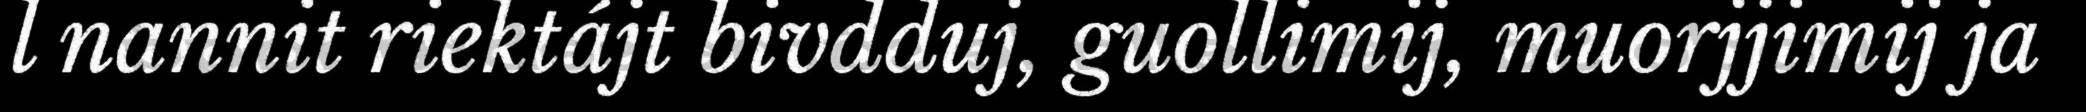
l nannit riektájt bivdduj, guollimij, muorjjimij ja